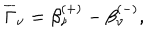
\overline { { { \Gamma } } } _ { \nu } = \beta _ { \nu } ^ { ( + ) } - \beta _ { \nu } ^ { ( - ) } ,